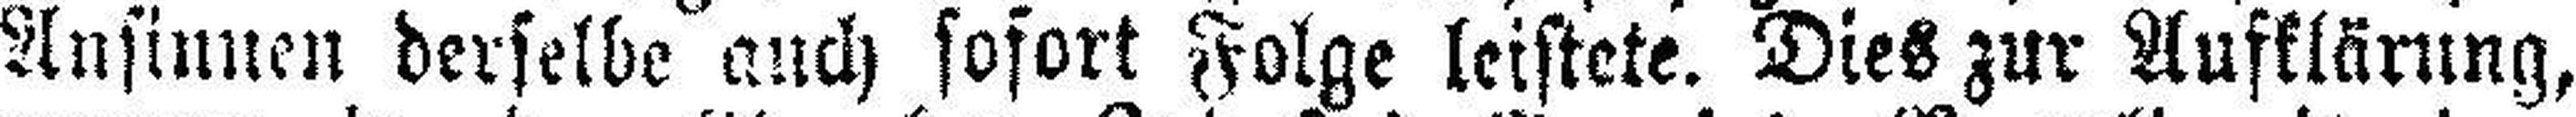
Ansinnen derselbe auch sofort Folge leistete. Dies zur Aufklärung,